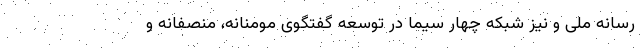
رسانه ملی و نیز شبکه چهار سیما در توسعه گفتگوی مومنانه، منصفانه و